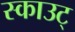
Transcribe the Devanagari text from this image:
स्काउट्